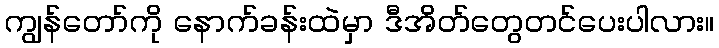
ကျွန်တော်ကို နောက်ခန်းထဲမှာ ဒီအိတ်တွေတင်ပေးပါလား။